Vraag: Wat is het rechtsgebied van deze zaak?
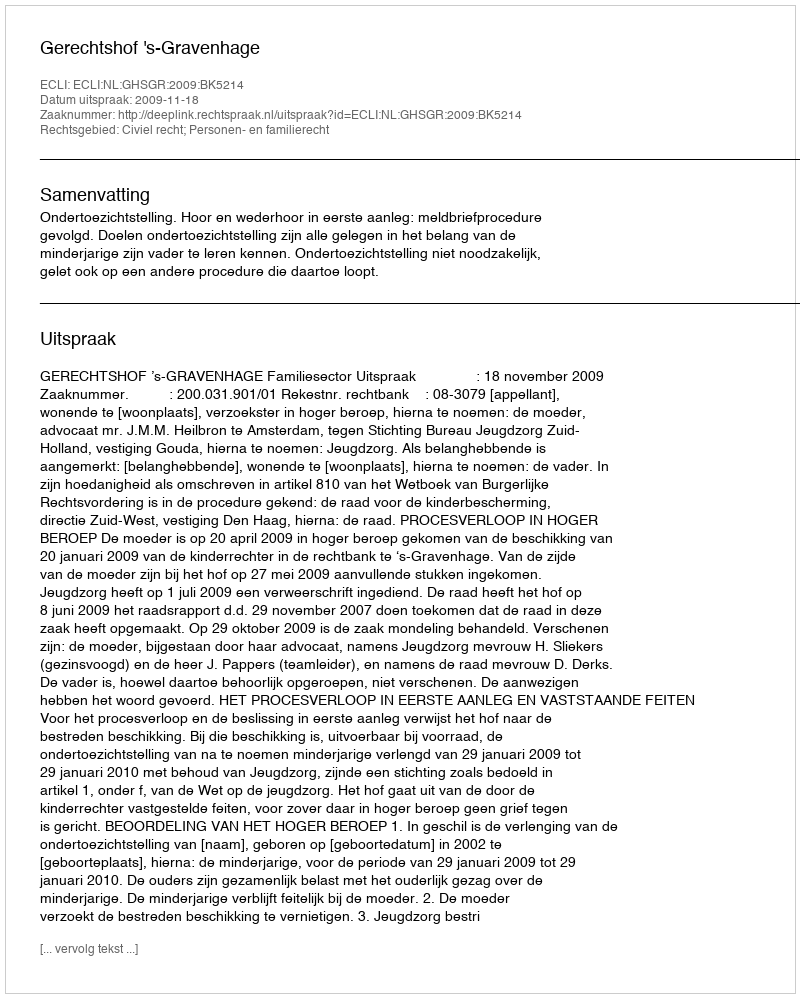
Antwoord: Civiel recht; Personen- en familierecht